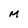
Character: M